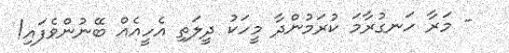
- މަރާ ހަނގުރާމަ ކުރަމުންދާ މީހަކު ދީލަތި އެހީއެއް ބޭނުންވެފައި!